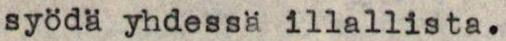
syödä yhdessä illallista.